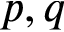
p , q